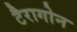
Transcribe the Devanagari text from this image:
टैरागोन